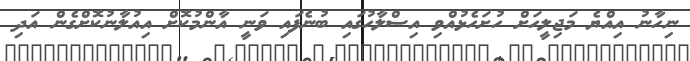
ނިހާނު އިއްޔެ މަޖިލީހަށް ހުށަހެޅުއްވި އިސްލާހުގައި ބުނެފައި ވަނީ އާންމުކޮށް އިއުލާނުކޮށްގެން އަދި